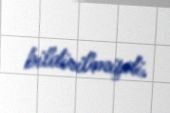
bildirilmişdi.